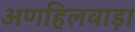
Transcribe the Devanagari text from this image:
अणहिलवाड़ा